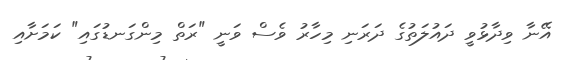
އޭނާ ވިދާޅުވީ ދައުލަތުގެ ދަރަނި މިހާރު ވެސް ވަނީ "ރަތް މިންގަނޑުގައި" ކަމަށާއި